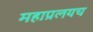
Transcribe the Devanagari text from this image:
महाप्रलयच